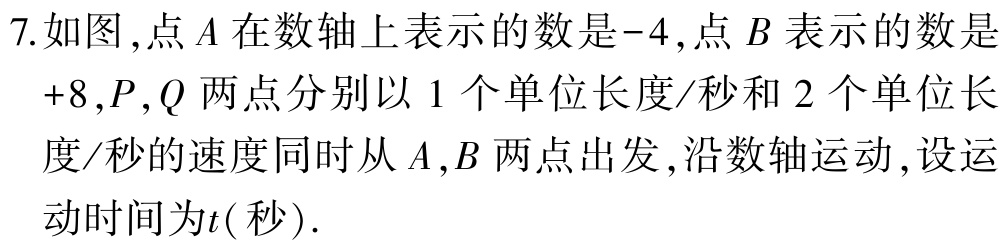
7.如图，点\(A\)在数轴上表示的数是\(-4\)，点\(B\)表示的数是\(+8\)，\(P,Q\)两点分别以\(1\)个单位长度/秒和\(2\)个单位长度/秒的速度同时从\(A,B\)两点出发，沿数轴运动，设运动时间为\(t(\)秒\()\).